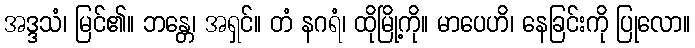
အဒ္ဒသံ၊ မြင်၏။ ဘန္တေ၊ အရှင်။ တံ နဂရံ၊ ထိုမြို့ကို။ မာပေဟိ၊ နေခြင်းကို ပြုလော။